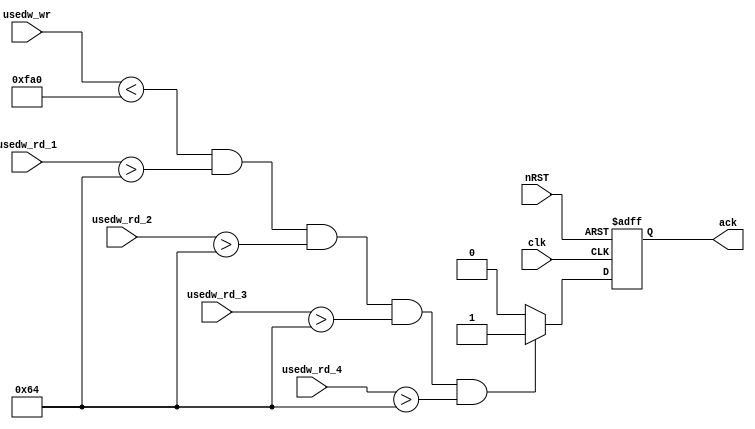
module sdram_fifo_ctrl(
	input clk,
	input nRST,
	input [14:0] usedw_rd_1,
	input [14:0] usedw_rd_2,
	input [14:0] usedw_rd_3,
	input [14:0] usedw_rd_4,
	input [12:0] usedw_wr,
	output reg ack
	);
	
always @(posedge clk or negedge nRST)
begin
if(!nRST)
	ack <= 0;
else
	begin
		if((usedw_wr < 13'd4000) && (usedw_rd_1 > 14'd100) && (usedw_rd_2 > 14'd100) && (usedw_rd_3 > 14'd100) && (usedw_rd_4 > 14'd100))
			ack <= 1;
		else
			ack <= 0;
	end	
end
	
endmodule